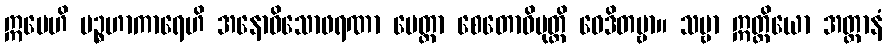
ဣမေဟိ ပဉ္စဟာကာရေဟိ အနောဓိသောဖရဏာ မေတ္တာ စေတောဝိမုတ္တိ ဝေဒိတဗ္ဗာ။ သဗ္ဗာ ဣတ္ထိယော အတ္တာနံ